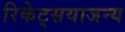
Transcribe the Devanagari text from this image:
रिकेट्सयाजन्य